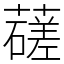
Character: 䕢